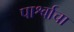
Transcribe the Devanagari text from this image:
पार्श्वाचा